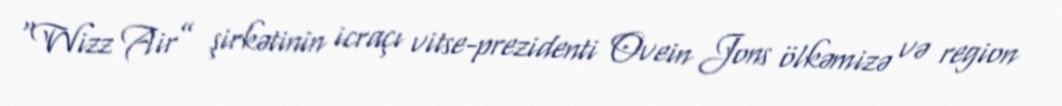
“Wizz Air” şirkətinin icraçı vitse-prezidenti Ovein Jons ölkəmizə və region